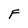
Character: F